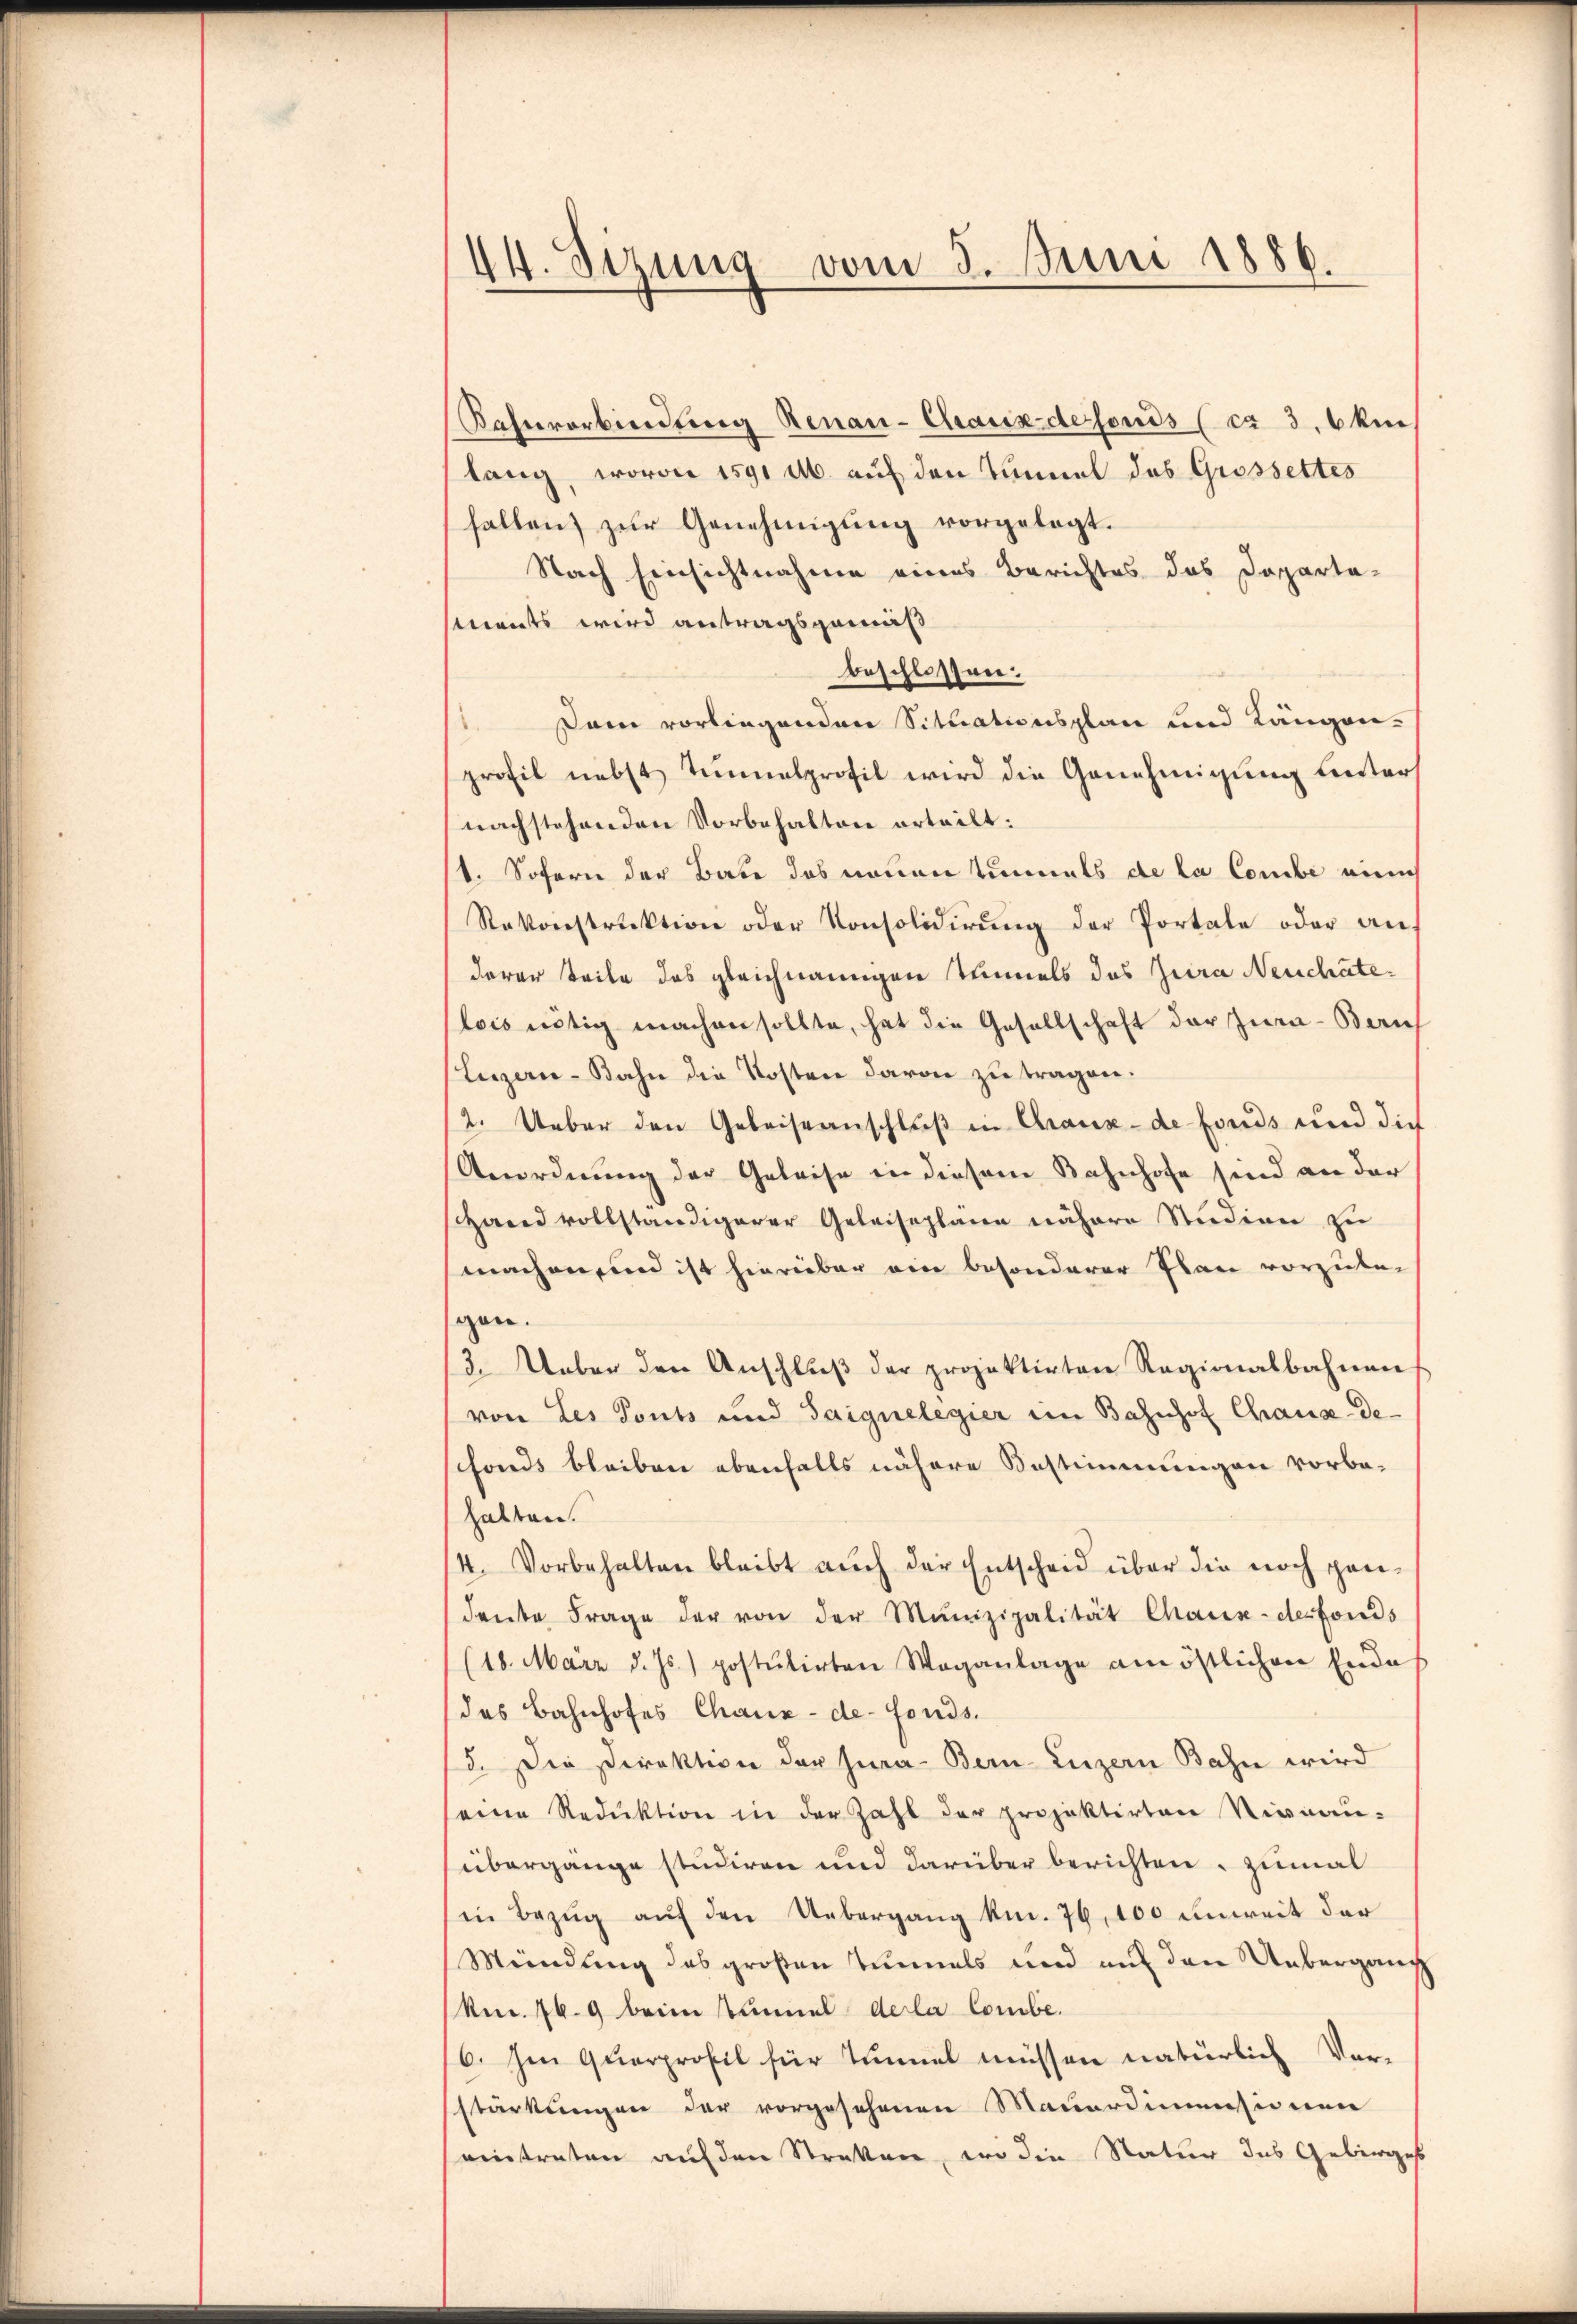
IV. Sizung vom 3. Juni 1886.

Bahnverbindung Renau-Chaux defonds (ca 3. 6 ken
lang, wovon 1591 M. auf den Tinmal des Grossettes
fallen zŭr Genehmigung vorgelegt.
Nach Einsichtnahme eines Berichtes das Daparta-
seents wird antragsgemäß
beschlossen:
Dam vorliegenden Situationsplan und Längen-
profil nebst Tŭnnalprofil wird die Genehmigung unter
nachstehenden Vorbehalten erteilt:
1. Sofern der Bade des neuen Tunals de la Combe eine
Rakonstruktion oder Konsolidirung der Portale oder anderer Teile das gleichnangen Tunnels das Jura Neuchatelois nötig machen sollte, hat die Gesellschaft der Jura - Beruf
Luzern-Bahn die Kosten davon zu tragen.
2. Ueber den Gebeiseanschlŭβ in Graux-de fonds und dies
Anordnung der Geleise in diesem Bahnhofe sind an der
shand vollständigerer Geleiseplane nähere Studien zu
machen und ist hierüber ein besonderer Plan vorzulei
gen.
3. Ueber den Anschlŭβ der projektirten Ragionalbahnen
von Les Ponts und Saignelegier im Bahnhof Chaux-de-
sfonds bleiben ebenfalls nähere Bestimmungen vorbe-
halten.
4. Vorbehalten bleibt aŭch der Entscheid über die noch gan-
dente Frage der von der Munizipalität Chaux-desfonds
(18. März d. Js.) postŭtirten Waganlage am östlichen Ende
das Bahnhofes Chaux-de-Fonds.
15. Die Direktion der Jura. Bern Luzern Bahn wird
eine Reduktion in der Zahl der projektirten Niveau-
übergange studiren und darüber berichten, zumal
in Bezug auf den Uebergang kn. 76, 100 unweit der
Mündung des großen Einmals und auf den Uebergang
(kn. 769 beim Tunnel dela Combe
/6. Im Querprofil für Tunnel müssen natürlich Vor-
stärkungen der vorgesehenen Mauerdimensionen
eintreten auf den Streken, wo die Natur das Gebirges